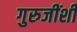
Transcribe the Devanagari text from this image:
गुरुजींशी